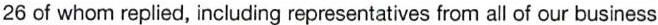
26 of whom replied, including representatives from all of our business